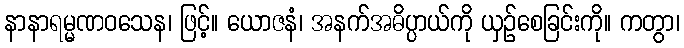
နာနာရမ္မဏဝသေန၊ ဖြင့်။ ယောဇနံ၊ အနက်အဓိပ္ပာယ်ကို ယှဉ်စေခြင်းကို။ ကတွာ၊